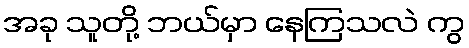
အခု သူတို့ ဘယ်မှာ နေကြသလဲ ကွ